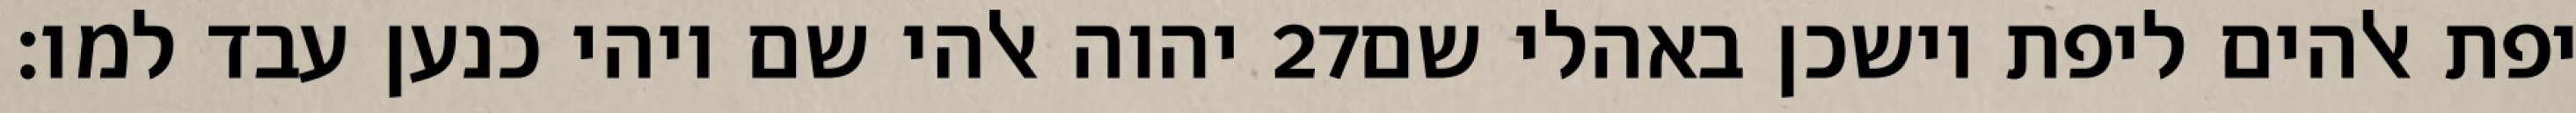
יהוה אלהי שם ויהי כנען עבד למו׃ ‎27‏ יפת אלהים ליפת וישכן באהלי שם